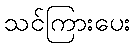
သင်ကြားပေး